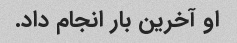
او آخرین بار انجام داد.